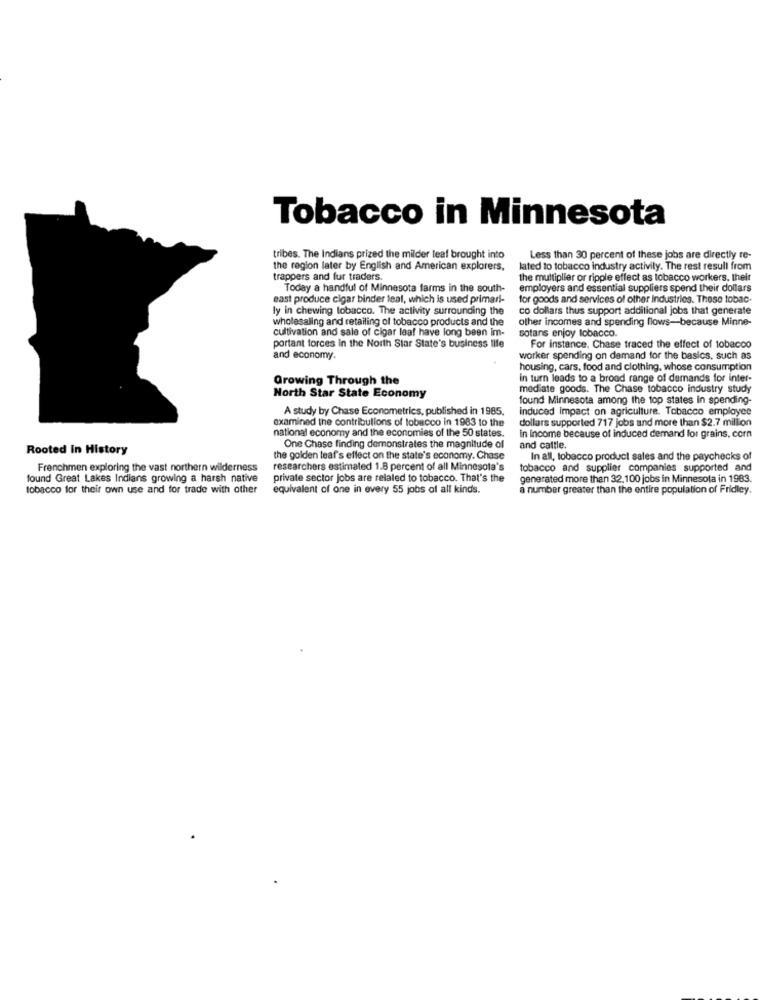
Tobacco in Minnesota
tribes. The Indians prized the milder teaf brought into
Less than 30 percent of these jobs are directly re-
the region later by English and American explorers,
lated to tobacco industry activity. The rest resull from
trappers and fur traders.
the multiplier or ripple effect as tobacco workers, their
Today a handful of Minnesota farms in the south-
employers and essential suppliers spend their dollars
east produce cigar binder leal, which is used primari-
for goods and services of other industries. These tobac.
ly in chewing tobacco. The activity surrounding the
co dollars thus support additional jobs that generate
wholesaling and retailing of tobacco products and the
other incomes and spending flows-because Minne-
cultivation and sale of cigar leaf have long been im-
sotans enjoy tobacco.
portant forces in the North Star State's business life
For instance. Chase traced the effect of tobacco
and economy.
worker spending on demand for the basics, such as
housing, cars, food and clothing, whose consumption
Growing Through the
in turn leads to a broad range of demands for inter-
mediate goods. The Chase tobacco industry study
North Star State Economy
found Minnesota among the top states in spending-
A study by Chase Econometrics, published in 1985.
induced impact on agriculture. Tobacco employee
examined the contributions of tobacco in 1983 to the
dollars supported 717 jobs and more than $2.7 million
national economy and the economies of the 50 states.
in Income because of induced demand for grains, corn
Rooted In History
One Chase finding demonstrates the magnitude of
and cattle.
the golden leaf's effect on the state's economy. Chase
In all, tobacco product sales and the paychecks of
Frenchmen exploring the vast northern wilderness
researchers estimated 1.8 percent of all Minnesota's
tobacco and supplier companies supported and
found Great Lakes Indians growing a harsh native
private sector jobs are relaled to tobacco. That's the
generated more than 32,100 jobs in Minnesota in 1983.
tobacco for their own use and for trade with other
equivalent of one in every 55 jobs of all kinds.
a number greater than the entire population of Fridley.